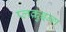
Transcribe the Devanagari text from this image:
प्लक़ुइन्ग